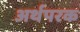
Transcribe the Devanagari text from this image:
अर्थपरक